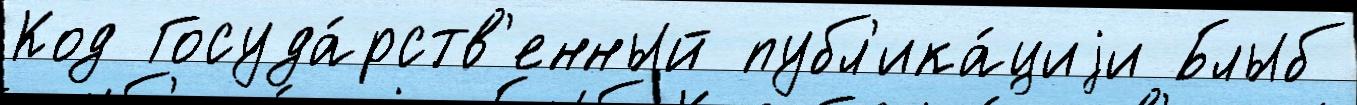
Код Госуда́рств'енный публ'ика́циjи Блыб